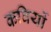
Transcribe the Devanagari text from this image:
कविर्यो